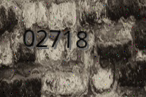
02718